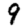
Digit: 9